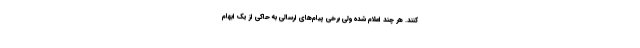
کنند. هر چند اعلام شده ولی برخی پیام‌های ارسالی به حاکی از یک ابهام